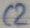
Text: C2